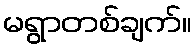
မရွာတစ်ချက်။